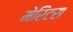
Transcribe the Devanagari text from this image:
मेरिटस